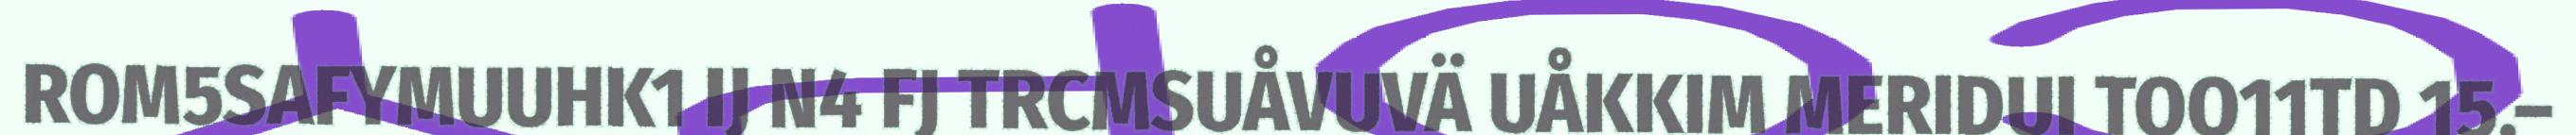
ROM5SAFYMUUHK1 IJ N4 FJ TRCMSUÅVUVÄ UÅKKIM MERIDUI TOO11TD 15.–